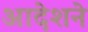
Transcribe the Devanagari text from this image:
आदेशने